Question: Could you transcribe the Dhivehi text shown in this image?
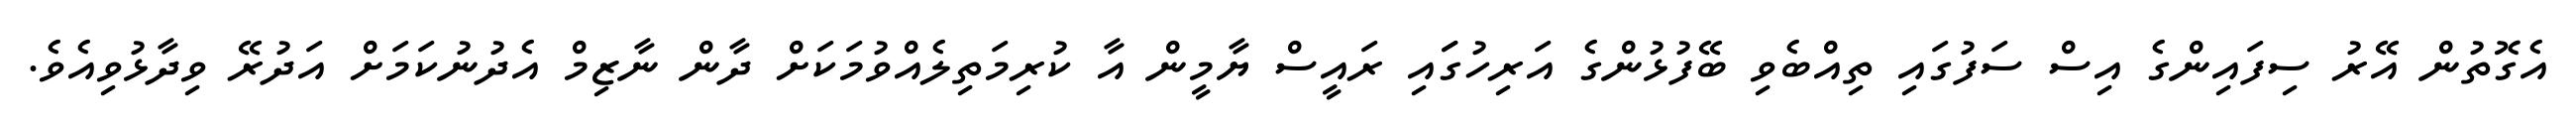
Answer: އެގޮތުން އޭރު ސިފައިންގެ އިސް ސަފުގައި ތިއްބެވި ބޭފުޅުންގެ އަރިހުގަައި ރައީސް ޔާމީން އާ ކުރިމަތިލެއްވުމަކަށް ދާން ނާޒިމް އެދުނުކަމަށް އަދުރޭ ވިދާޅުވިއެވެ.